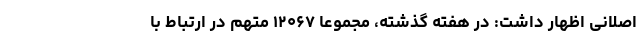
اصلانی اظهار داشت: در هفته گذشته، مجموعاً ۱۲۰۶۷ متهم در ارتباط با